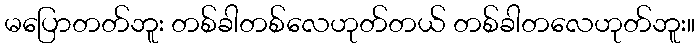
မပြောတတ်ဘူး တစ်ခါတစ်လေဟုတ်တယ် တစ်ခါတလေဟုတ်ဘူး။